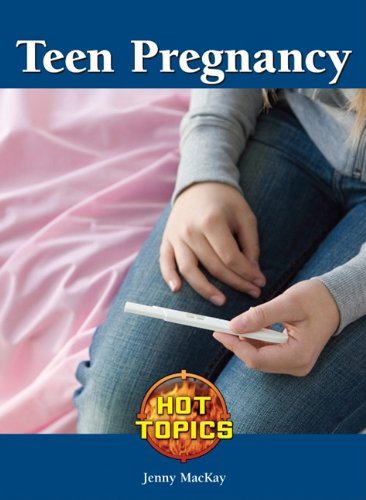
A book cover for Teen Pregnancy (Hot Topics); Jenny MacKay; Teen & Young Adult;